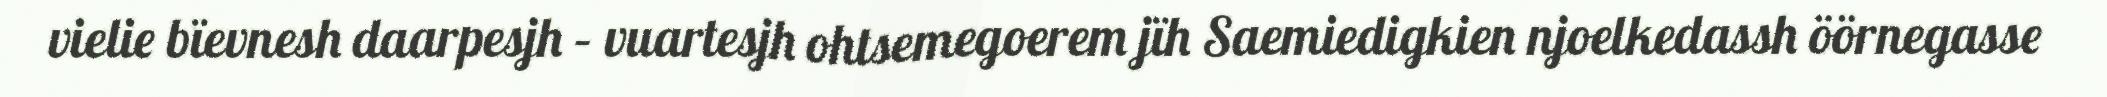
vielie bïevnesh daarpesjh – vuartesjh ohtsemegoerem jïh Saemiedigkien njoelkedassh öörnegasse